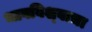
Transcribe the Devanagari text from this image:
भावविश्‍वाचा